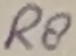
Text: RS